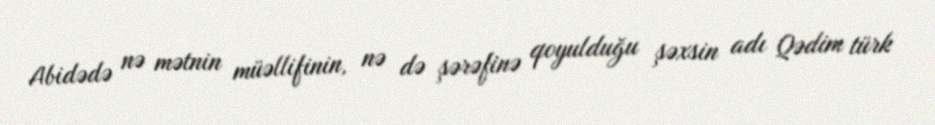
Abidədə nə mətnin müəllifinin, nə də şərəfinə qoyulduğu şəxsin adı Qədim türk